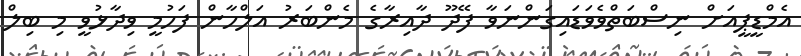
އެމްޑީޕީއަށް ނިސްބަތްވެވަޑައިގަންނަވާ ފޭދޫ ދާއިރާގެ މެންބަރު އަލްހާން ފަހުމީ ވިދާޅުވީ މި ބިލް